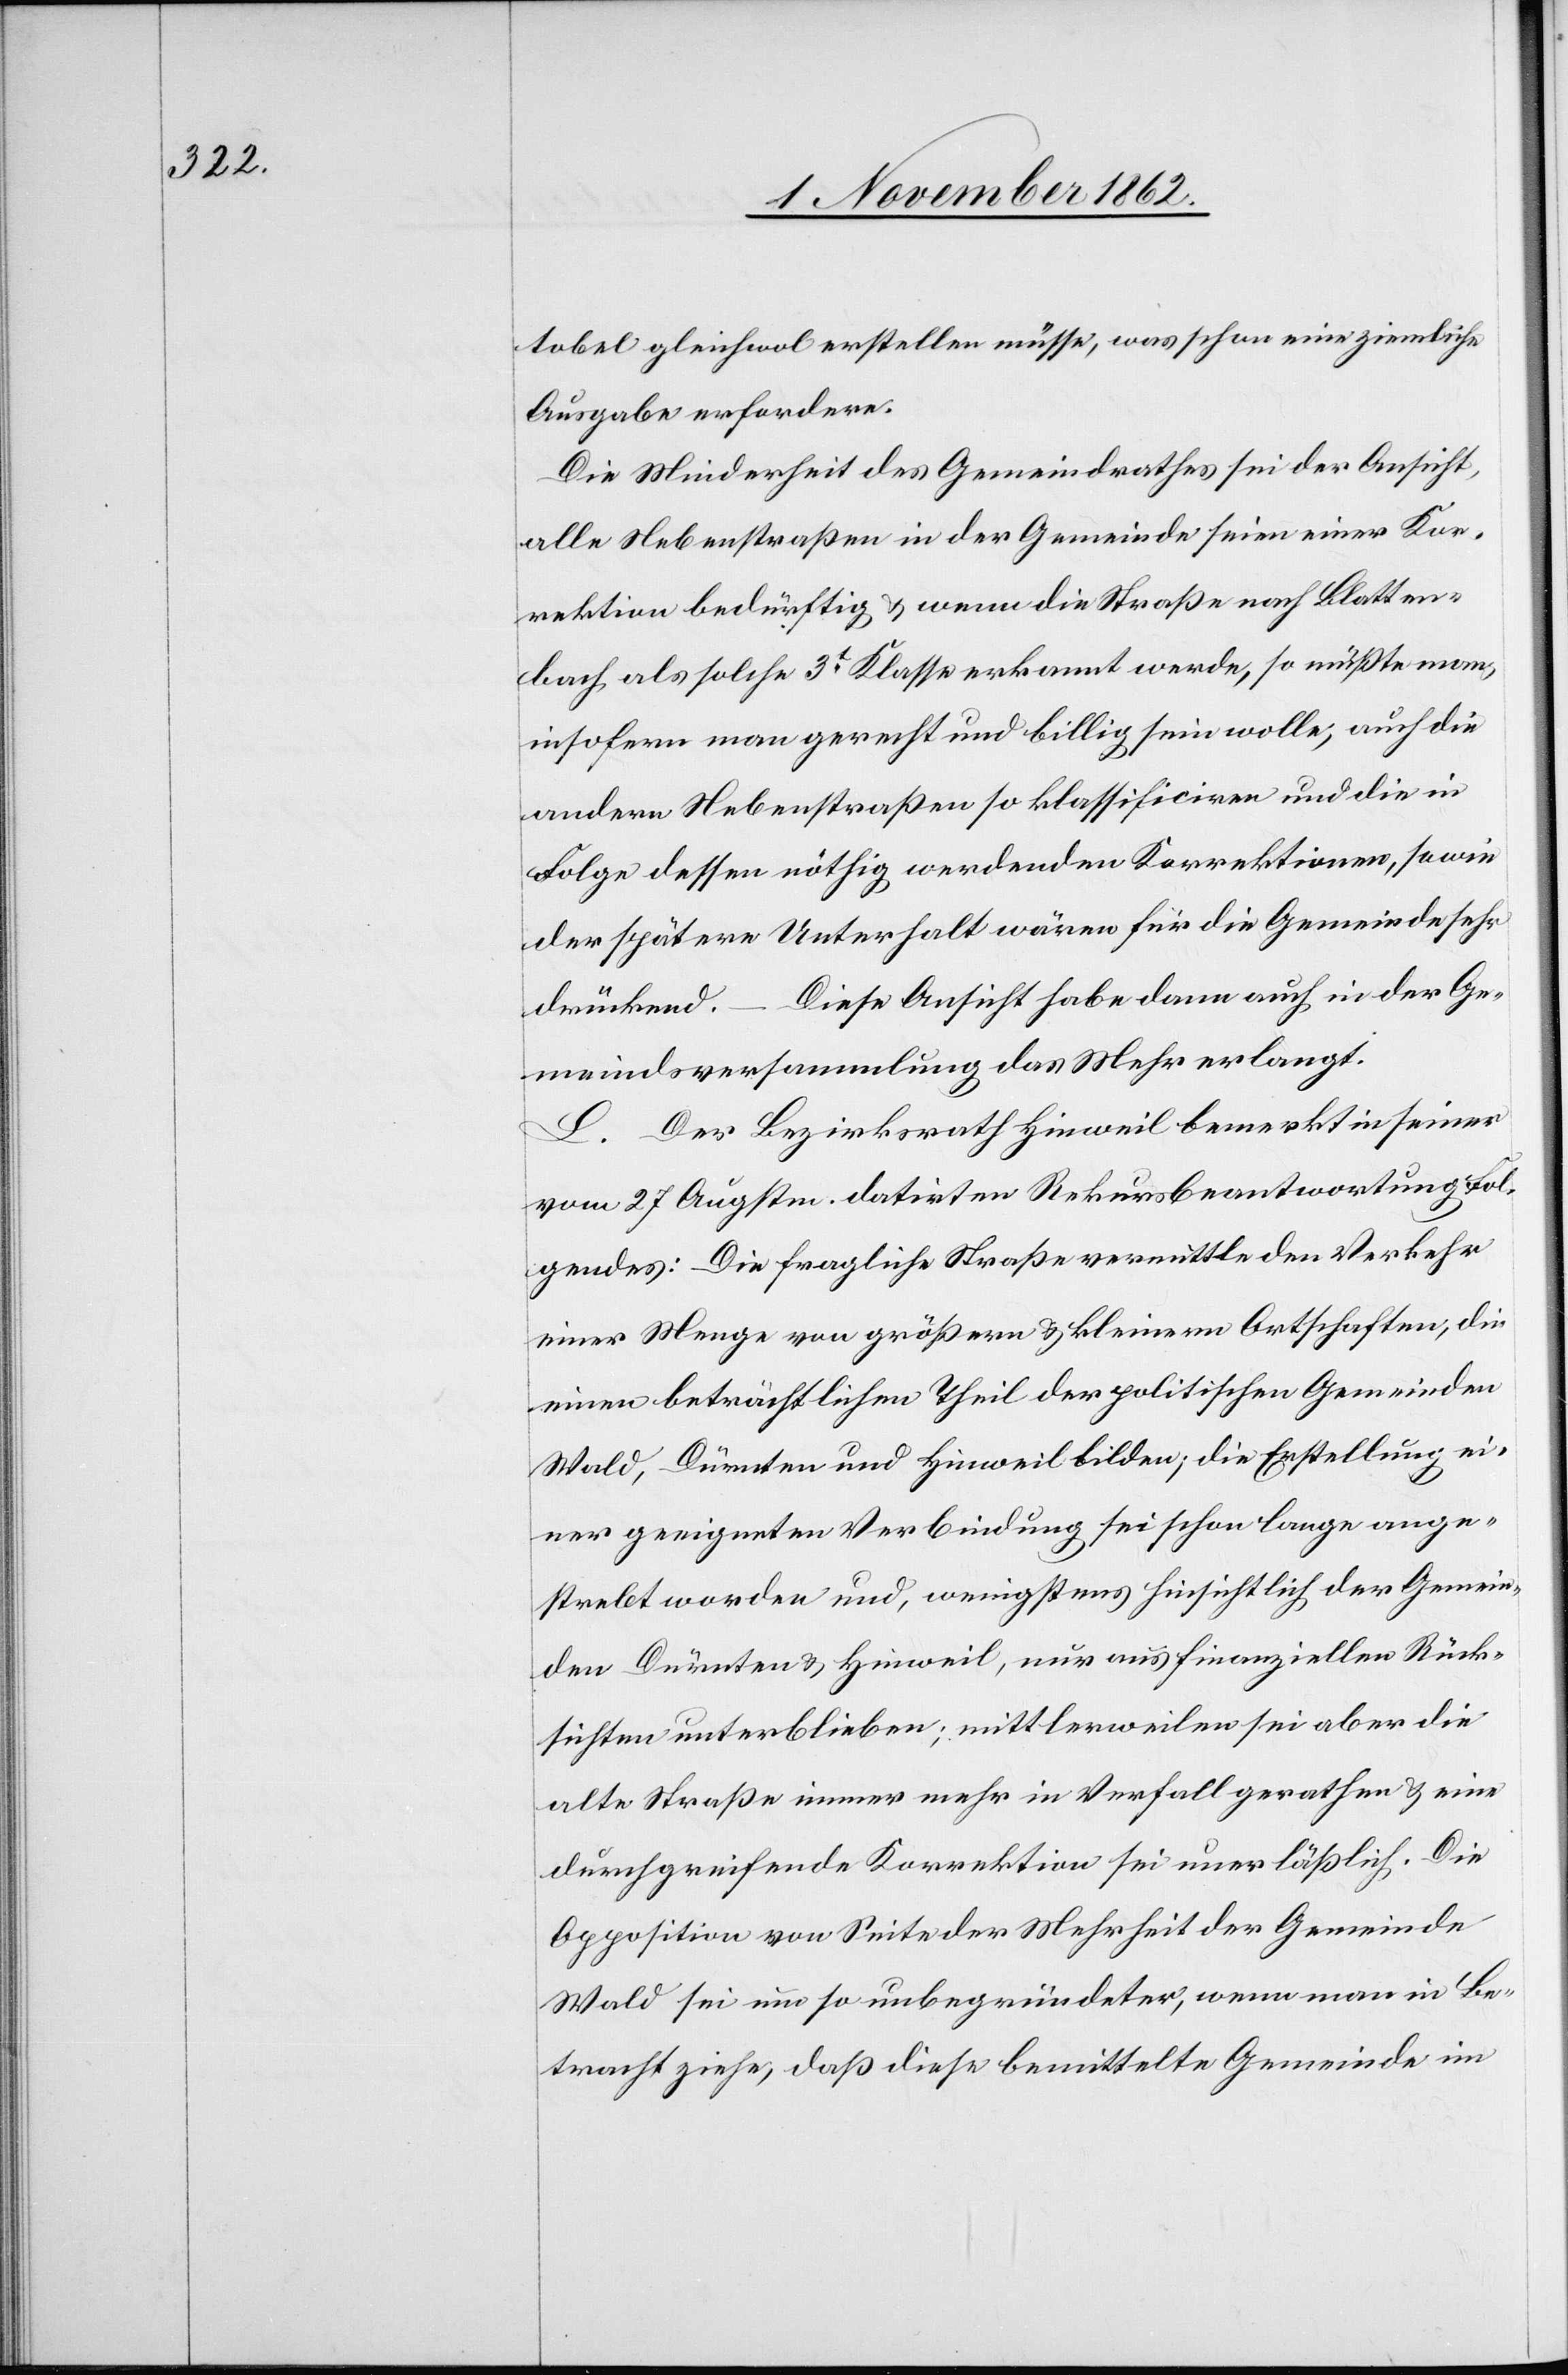
tobel gleichwol erstellen müsse, was schon eine ziemliche
Ausgabe erfordere.
Die Minderheit des Gemeindrathes sei der Ansicht,
alle Nebenstraßen in der Gemeinde seien einer Kor¬
rektion bedürftig u. wenn die Straße nach Blatten¬
bach als solche 3t Klasse erkannt werde, so müßte man,
insofern man gerecht und billig sein wolle, auch die
andern Nebenstraßen so klassificiren und die in
Folge dessen nöthig werdenden Korrektionen, sowie
der spätere Unterhalt wären für die Gemeinde sehr
drückend. – Diese Ansicht habe dann auch in der Ge¬
meindsversammlung das Mehr erlangt.
L. Der Bezirksrath Hinweil bemerkt in seiner
vom 27. Augsten datirten Rekursbeantwortung fol¬
gendes: Die fragliche Straße vermittle den Verkehr
einer Menge von größern u. kleinern Ortschaften, die
einem beträchtlichen Theil der politischen Gemeinden
Wald, Dürnten und Hinweil bilden; die Erstellung ei¬
ner geeigneten Verbindung sei schon lange ange¬
strebt worden und, wenigstens hinsichtlich der Gemein¬
den Dürnten u. Hinweil, nur aus finanziellen Rück¬
sichtigen unterblieben; mittlerweilen sei aber die
alte Straße immer mehr in Verfall gerathen u. eine
durchgreifende Korrektion sei unerläßlich. Die
Opposition von Seite der Mehrheit der Gemeinde
Wald sei um so unbegründeter, wenn man in Be¬
tracht ziehe, daß diese bemittelte Gemeinde im